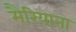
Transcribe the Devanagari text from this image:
मैरियाना